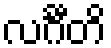
လင်္ဂီတိ